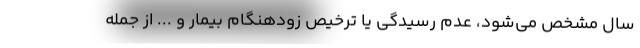
سال مشخص می‌شود، عدم رسیدگی یا ترخیص زودهنگام بیمار و ... از جمله